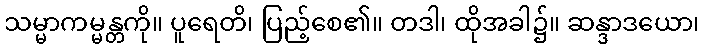
သမ္မာကမ္မန္တကို။ ပူရေတိ၊ ပြည့်စေ၏။ တဒါ၊ ထိုအခါ၌။ ဆန္ဒာဒယော၊